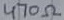
Text: 470Ω